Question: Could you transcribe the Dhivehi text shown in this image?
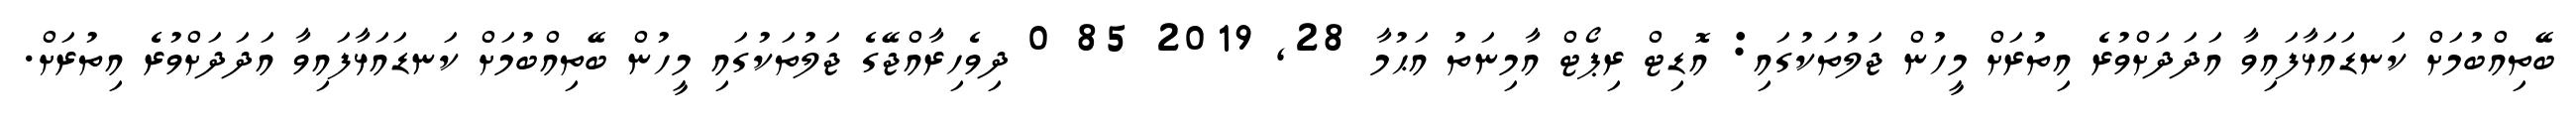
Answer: ބޭތިއްބުމަށް ކަނޑައަޅާފައިވާ އަދަދަށްވުރެ އިތުރަށް މީހުން ޖަލުތަކުގައި: އޮޑިޓް ރިޕޯޓް އާމިނަތު އަޙުމާ 28, 2019 85 0 ދިވެހިރާއްޖޭގެ ޖަލުތަކުގައި މީހުން ބޭތިއްބުމަށް ކަނޑައަޅާފައިވާ އަދަދަށްވުރެ އިތުރަށް.